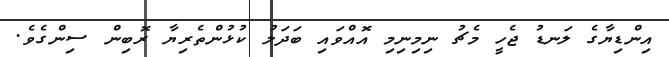
އިންޑިޔާގެ ލަނޑު ޖެހީ މެޗު ނިމިނިމި އޮއްވައި ބަދަލު ކުޅުންތެރިޔާ ރޮބިން ސިންގެވެ.